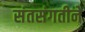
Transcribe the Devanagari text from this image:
संतसंगतीने